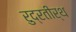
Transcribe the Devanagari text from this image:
रुद्रतीर्थ